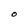
Character: O